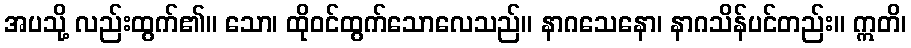
အပသို့ လည်းထွက်၏။ သော၊ ထိုဝင်ထွက်သောလေသည်။ နာဂသေနော၊ နာဂသိန်ပင်တည်း။ ဣတိ၊